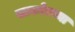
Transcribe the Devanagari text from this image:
सावनेरच्या